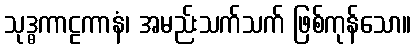
သုဒ္ဓကာဠကာနံ၊ အမည်းသက်သက် ဖြစ်ကုန်သော။